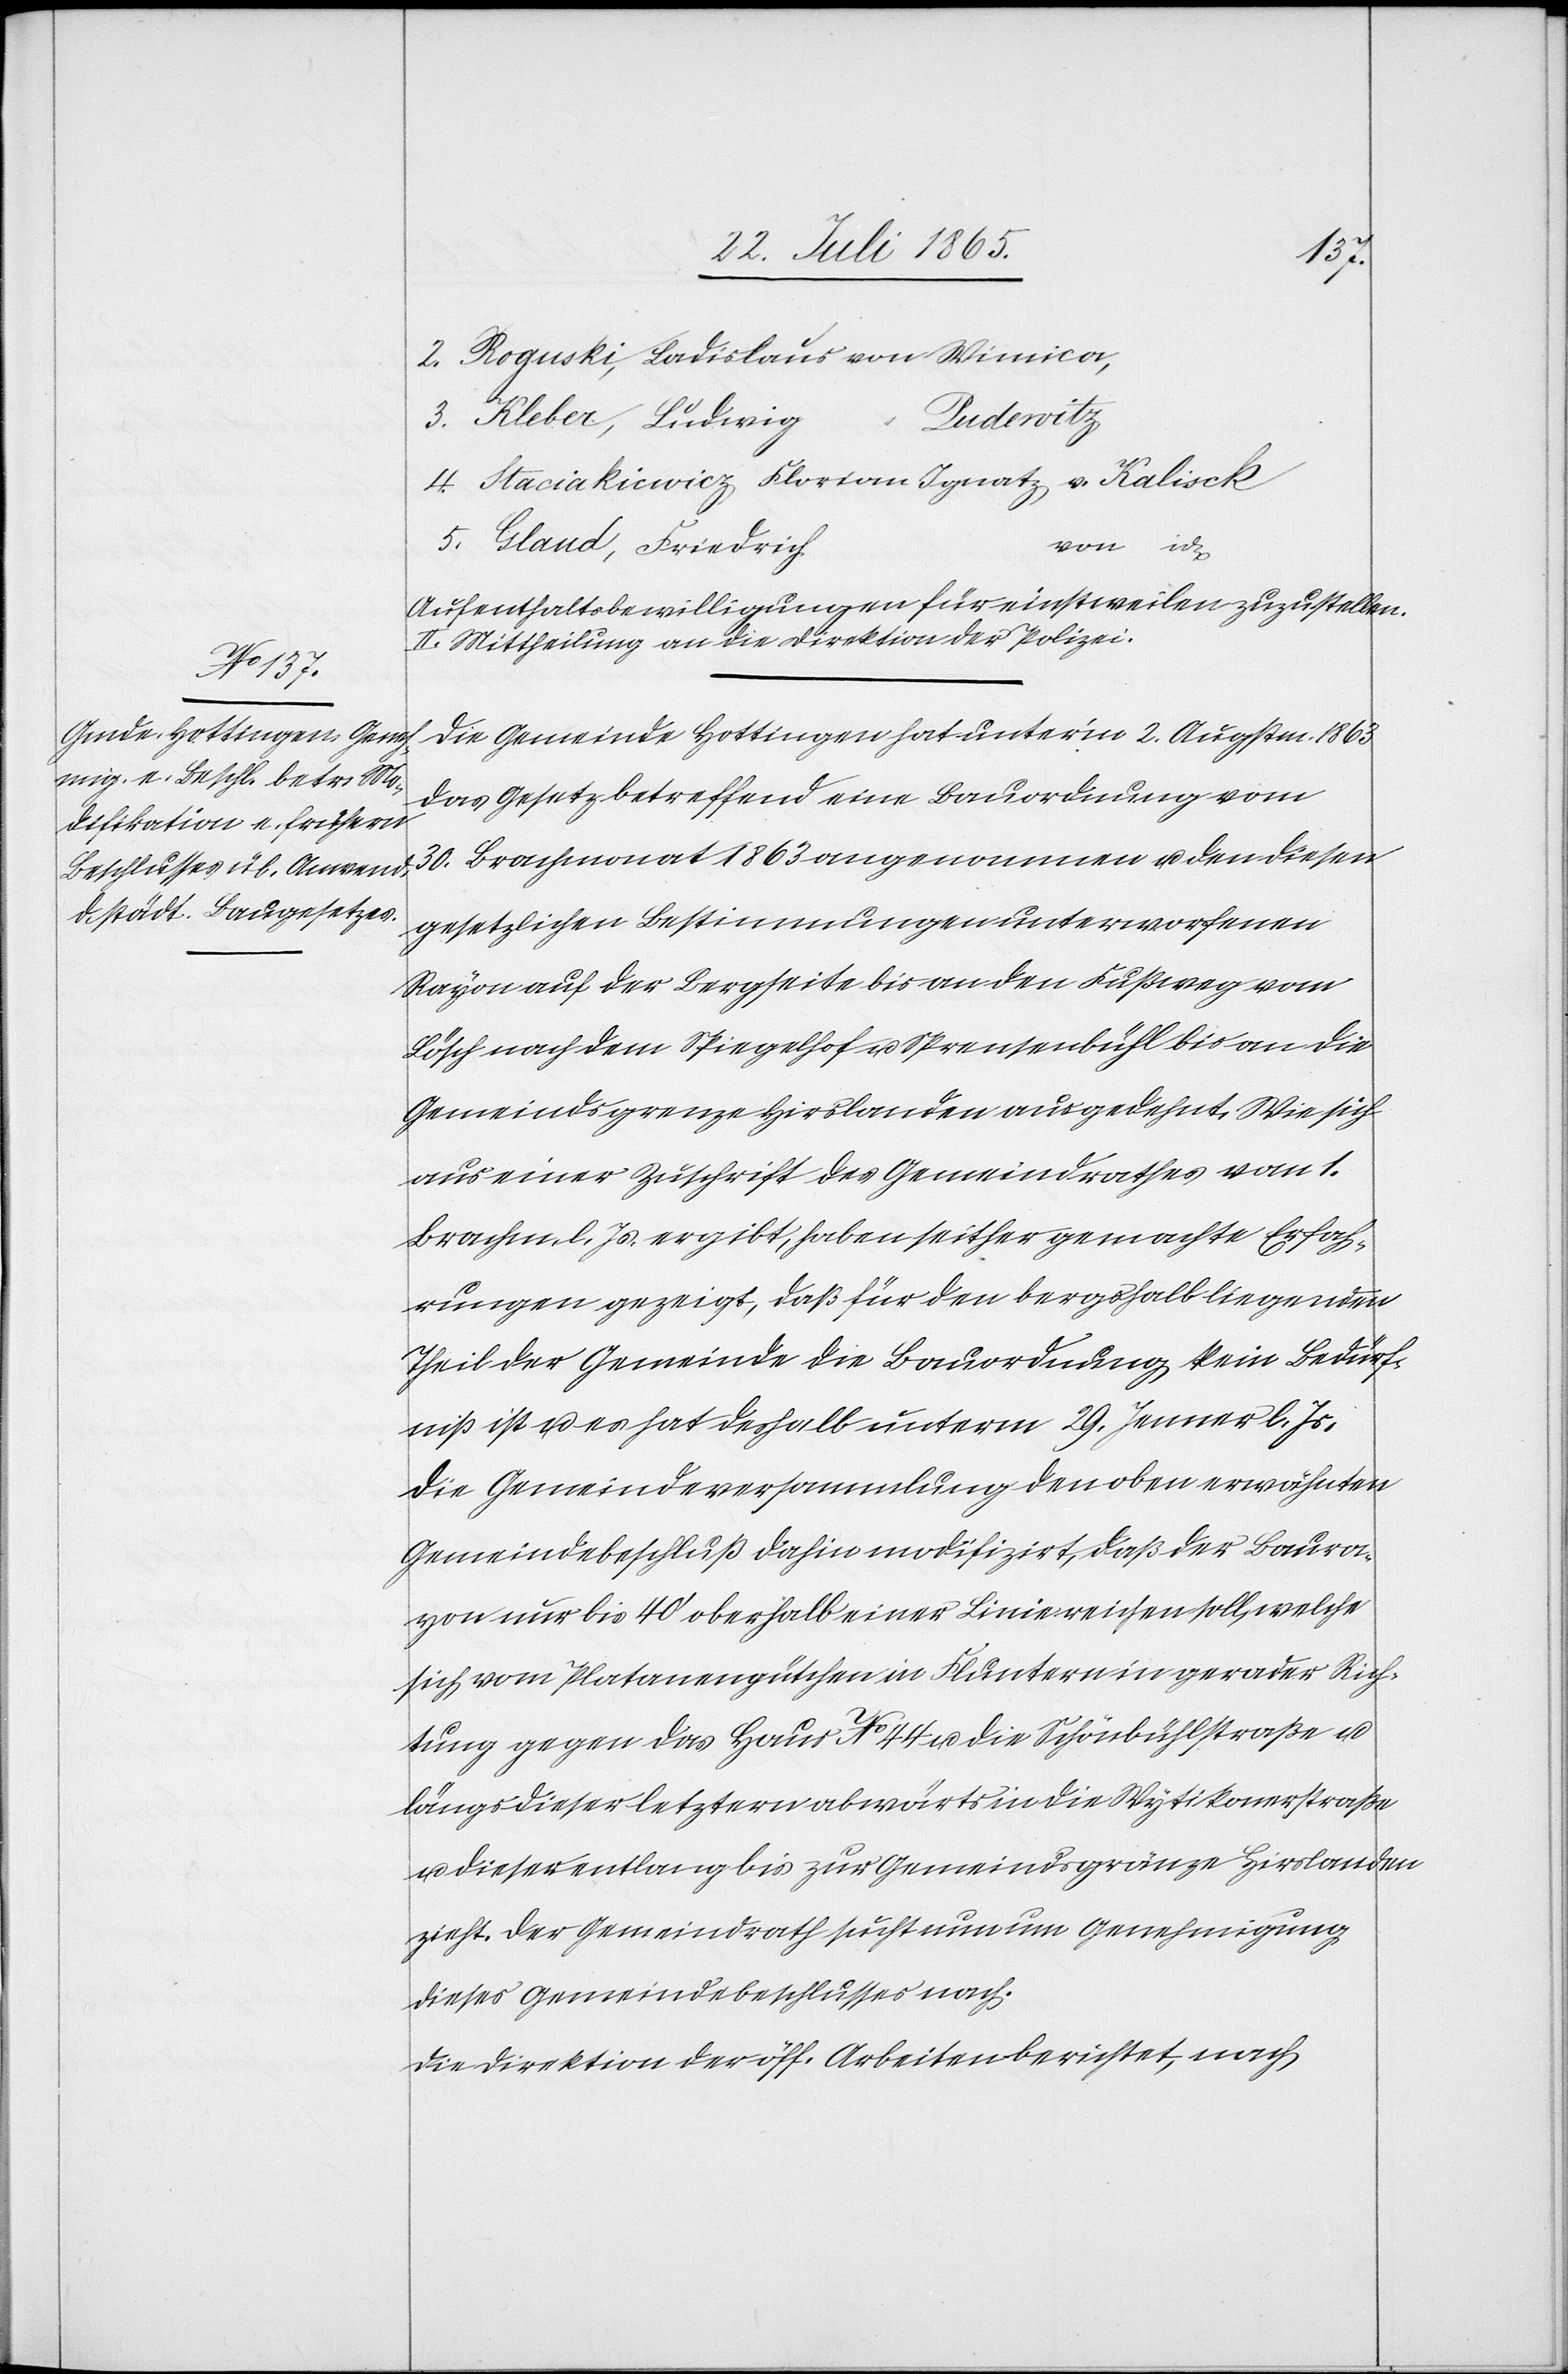
2. Rognski, Ladislaus von Wimica,
Pudewitz
3. Kleber, Ludwig
“
4. Staciakicwicz Florian Ignatz v. Kalisck
5. Gland, Friedrich
von id
Aufenthaltsbewilligungen für einstweilen zuzustellen
II. Mittheilung an die Direktion der Polizei.
Die Gemeinde Hottingen hat unter’m 2. Augstm. 1863
das Gesetz betreffend eine Bauordnung vom
30. Brachmonat 1863 angenommen u. den diesen
gesetzlichen Bestimmungen unterworfenen
Rayon auf der Bergseite bis an den Fußweg vom
Lösch nach dem Spiegelhof u. Sprensenbühl bis an die
Gemeindsgrenze Hirslanden ausgedehnt. Wie sich
aus einer Zuschrift des Gemeindrathes vom 1.
Brachm. l. Js. ergibt, haben seither gemachte Erfah¬
rungen gezeigt, daß für den bergshalb liegenden
Theil der Gemeinde die Bauordnung kein Bedürf¬
niß ist u. es hat deshalb unterm 29. Jenner l. Js.
die Gemeindeversammlung den oben erwähnten
Gemeindebeschluß dahin modifizirt, daß der Baura¬
yon nur bis 40’ oberhalb einer Linie reichen soll, welche
sich vom Platanengütchen in Fluntern in gerader Rich¬
tung gegen das Haus No 44 u. die Schönbühlstraße u.
längs dieser letztern abwärts in die Wytikonerstraße
u. dieser entlang bis zur Gemeindsgränze Hirslanden
zieht. Der Gemeindrath sucht nun um Genehmigung
dieses Gemeindebeschlusses nach.
Die Direktion der öff. Arbeiten berichtet, nach